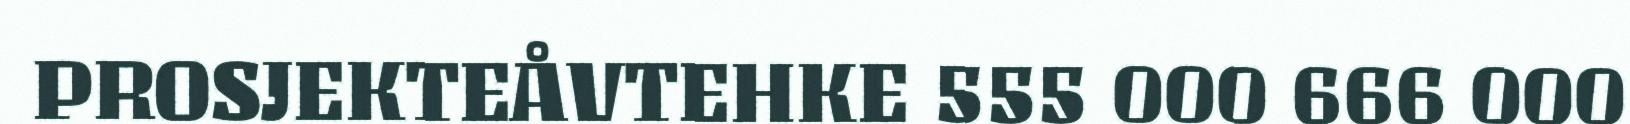
PROSJEKTEÅVTEHKE 555 000 666 000